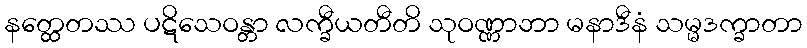
နတ္ထေတဿ ပဋိသေဝန္တာ လက္ခီယတီတိ သုဝဏ္ဏာဘာ မနာဒီနံ သမ္မဒက္ခာတာ